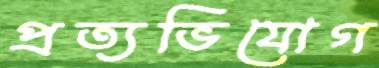
প্রত্যভিযোগ